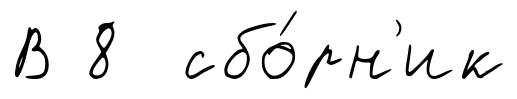
В 8 сбо́рн'ик